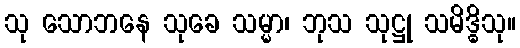
သု သောဘနေ သုခေ သမ္မာ၊ ဘုသ သုဋ္ဌု သမိဒ္ဓိသု။